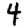
Digit: 4